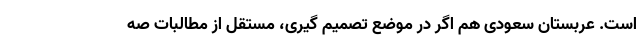
است. عربستان سعودی هم اگر در موضع تصمیم گیری، مستقل از مطالبات صه